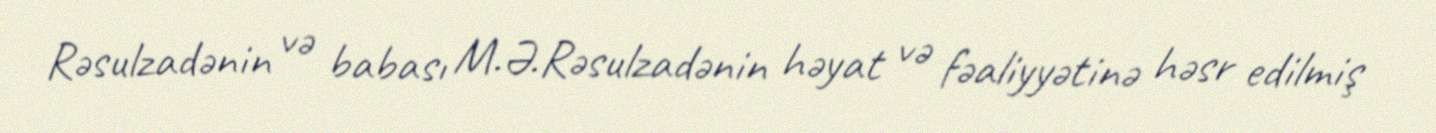
Rəsulzadənin və babası M.Ə.Rəsulzadənin həyat və fəaliyyətinə həsr edilmiş